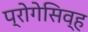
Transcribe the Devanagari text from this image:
प्रोगेसिव्ह